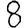
Digit: 8